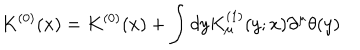
K ^ { ( 0 ) } ( x ) = K ^ { ( 0 ) } ( x ) + \int d y K _ { \mu } ^ { ( 1 ) } ( y ; x ) \partial ^ { \mu } \theta ( y )